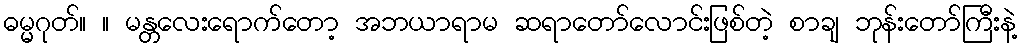
ဓမ္မဂုတ်။ ။ မန္တလေးရောက်တော့ အဘယာရာမ ဆရာတော်လောင်းဖြစ်တဲ့ စာချ ဘုန်းတော်ကြီးနဲ့